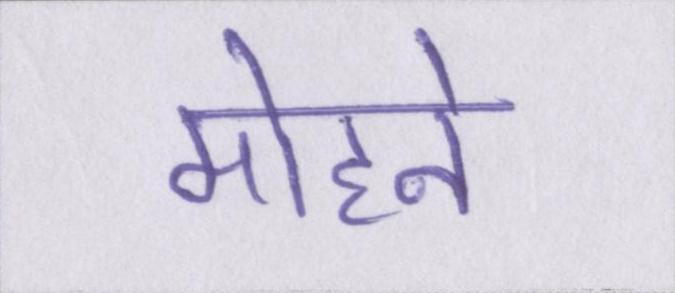
मोहने